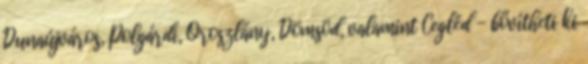
Dunaújváros, Polgárdi, Oroszlány, Dömsöd, valamint Cegléd - bővítheti ki